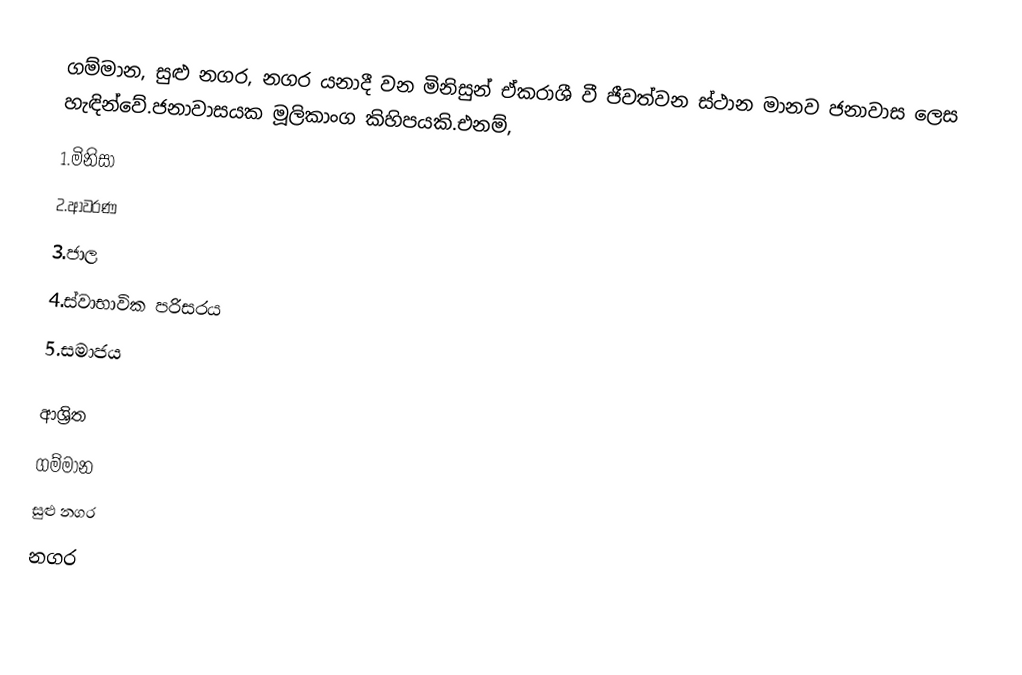
ගම්මාන, සුළු නගර, නගර යනාදී වන මිනිසුන් ඒකරාශී වී ජීවත්වන ස්ථාන මානව ජනාවාස ලෙස හැඳින්වේ.ජනාවාසයක මූලිකාංග කිහිපයකි.එනම්,
1.මිනිසා
2.ආවරණ
3.ජාල
4.ස්වාභාවික පරිසරය
5.සමාජය

ආශ්‍රිත
 ගම්මාන
 සුළු නගර
 නගර